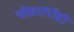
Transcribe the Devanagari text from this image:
चौकारांनीशी